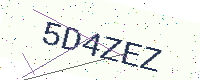
Text: 5D4ZEZ